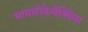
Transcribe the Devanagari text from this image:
मायलोकेथेक्सिस